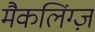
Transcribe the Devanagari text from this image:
मैकलिंग्ज़